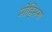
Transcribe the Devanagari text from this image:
मोहिसना